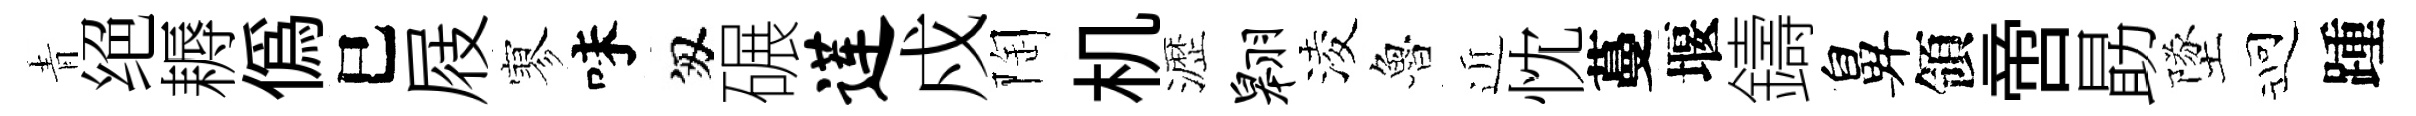
青绝耨僞巳屐寥味匆碾莲戍陶机瀝翱淩魯近忱蔓堰鑄鼻領啻勗墜迎踵